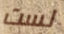
لست